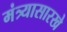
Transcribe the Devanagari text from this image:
मंत्र्यासारखे